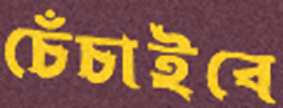
চেঁচাইবে